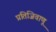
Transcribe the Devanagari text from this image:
प्रतिजिवाणू